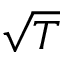
\sqrt { T }